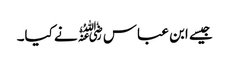
جیسے ابن عباس﷜نے کیا۔